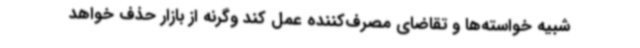
شبیه خواسته‌ها و تقاضای مصرف‌کننده عمل کند وگرنه از بازار حذف خواهد